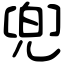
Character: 兜